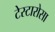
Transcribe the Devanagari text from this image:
टेस्टारोसा